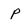
Character: p